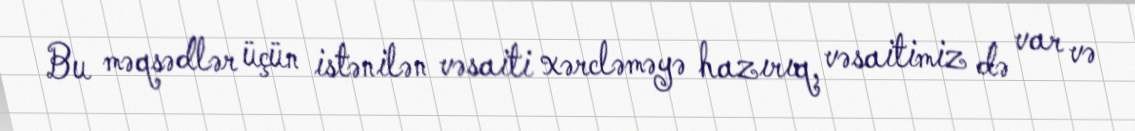
Bu məqsədlər üçün istənilən vəsaiti xərcləməyə hazırıq, vəsaitimiz də var və